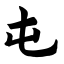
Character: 屯